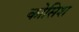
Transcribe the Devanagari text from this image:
कोसिश